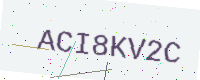
Text: ACI8KV2C